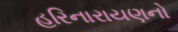
હરિનારાયણનો